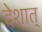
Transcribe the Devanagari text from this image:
देशात्